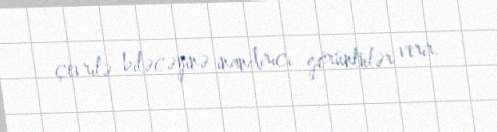
çevrilə biləcəyinə inandırıcı görüntülər verir.